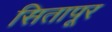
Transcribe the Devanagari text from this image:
सितापूर